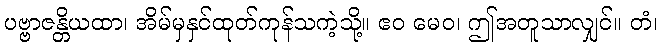
ပဗ္ဗာဇန္တိယထာ၊ အိမ်မှနှင်ထုတ်ကုန်သကဲ့သို့။ ဧဝ မေဝ၊ ဤအတူသာလျှင်။ တံ၊